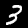
Label: 3